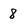
Character: 8